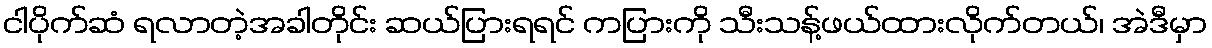
ငါပိုက်ဆံ ရလာတဲ့အခါတိုင်း ဆယ်ပြားရရင် ကပြားကို သီးသန့်ဖယ်ထားလိုက်တယ်၊ အဲဒီမှာ